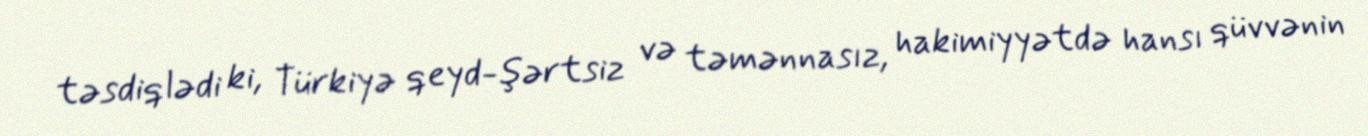
təsdiqlədi ki, Türkiyə qeyd-şərtsiz və təmənnasız, hakimiyyətdə hansı qüvvənin